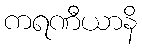
ကရဏီယာနိ